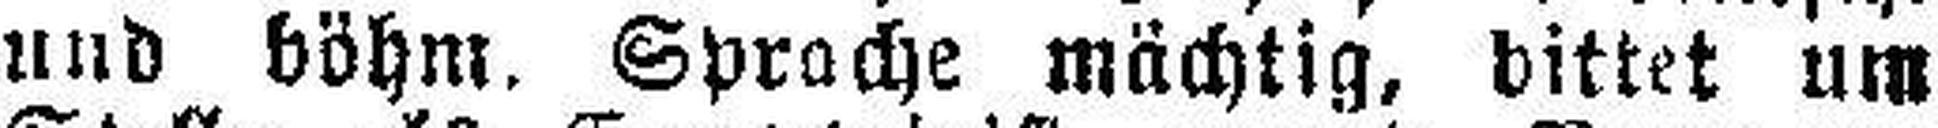
und böhm. Sprache mächtig, bittet um